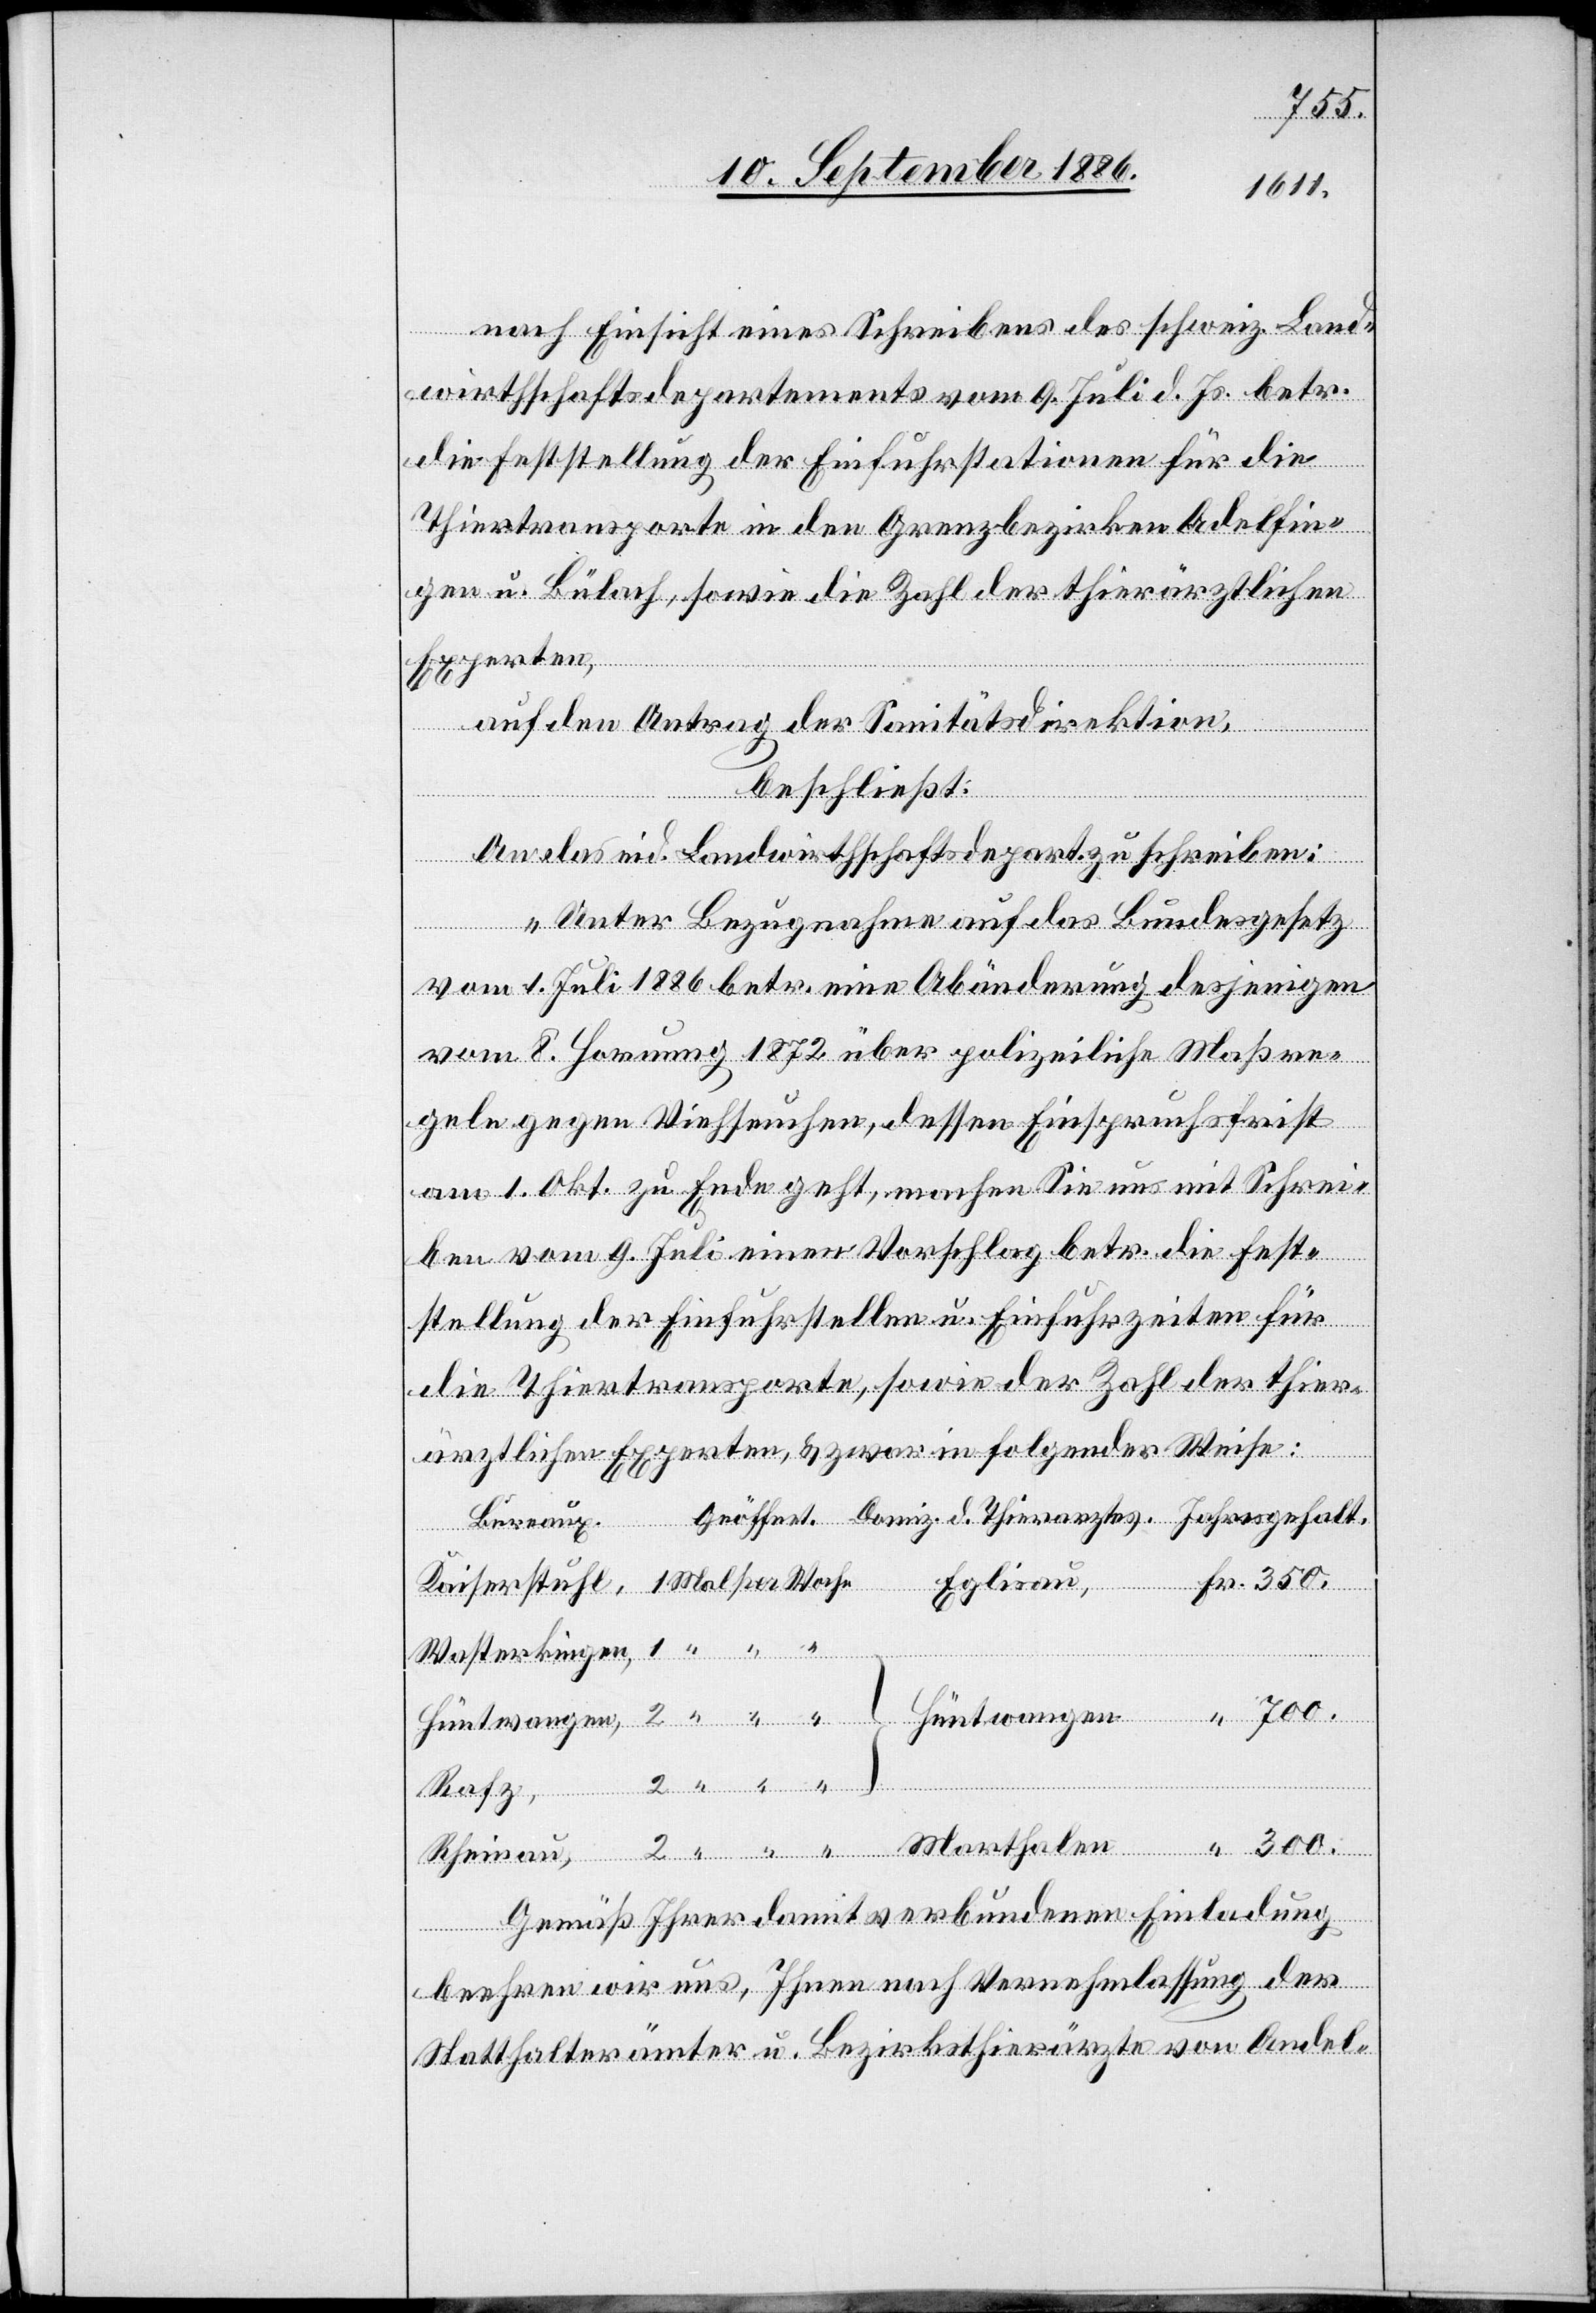
300.
nach Einsicht eines Schreibens des schweiz. Land¬
Fr.
wirthschaftsdepartements vom 9. Juli d. Js. betr.
die Feststellung der Einfuhrstationen für die
Thiertransporte in den Grenzbezirken A[n]delfin¬
gen u. Bülach, sowie die Zahl der thierärztlichen
Experten,
auf den Antrag der Sanitätsdirektion,
beschließt:
Rheinau,
An das eid. Landwirthschaftsdepart. zu schreiben:
„Unter Bezugnahme auf das Bundesgesetz
vom 1. Juli 1886 betr. eine Abänderung desjenigen
vom 8. Hornung 1872 über polizeiliche Maßre¬
geln gegen Viehseuchen, dessen Einspruchsfrist
am 1. Okt. zu Ende geht, machen Sie uns mit Schrei¬
ben vom 9. Juli einen Vorschlag betr. die Fest¬
Thierar¬
stellung der Einfuhrstellen u. Einfuhrzeiten für
die Thiertransporte, sowie der Zahl der thier¬
ärztlichen Experten, & zwar in folgender Weise:
Bureaux.
Eglisau,
Gemäß Ihrer damit verbundenen Einladung
beehren wir uns, Ihnen nach Vernehmlassung der
Statthalterämter u. Bezirksthierärzte von Andel-